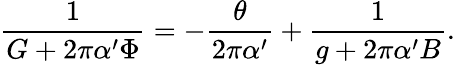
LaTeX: \frac{1}{G+2\pi{\alpha^{\prime}}\Phi}=-\frac{\theta}{2\pi{\alpha^{\prime}}}+\frac{1}{g+2\pi{\alpha^{\prime}}B}.